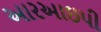
આરઆઇપી